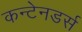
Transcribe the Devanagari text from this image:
कन्टेनडर्स